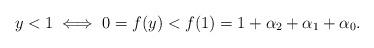
LaTeX: \begin{align*}y < 1 \iff 0 = f(y) < f(1) = 1 + \alpha_2 + \alpha_1 + \alpha_0.\end{align*}